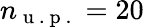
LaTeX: n_{\mathrm{~u~.~p~.~}}=20